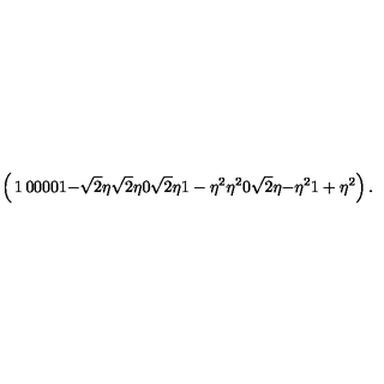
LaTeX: \left( \begin{matrix} { 1 } & { 0 } & { 0 } & { 0 } \\ { 0 } & { 1 } & { - \sqrt { 2 } \eta } & { \sqrt { 2 } \eta } \\ { 0 } & { \sqrt { 2 } \eta } & { 1 - \eta ^ { 2 } } & { \eta ^ { 2 } } \\ { 0 } & { \sqrt { 2 } \eta } & { - \eta ^ { 2 } } & { 1 + \eta ^ { 2 } } \\ \end{matrix} \right) .